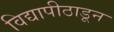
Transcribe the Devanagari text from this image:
विद्यापीठाडून